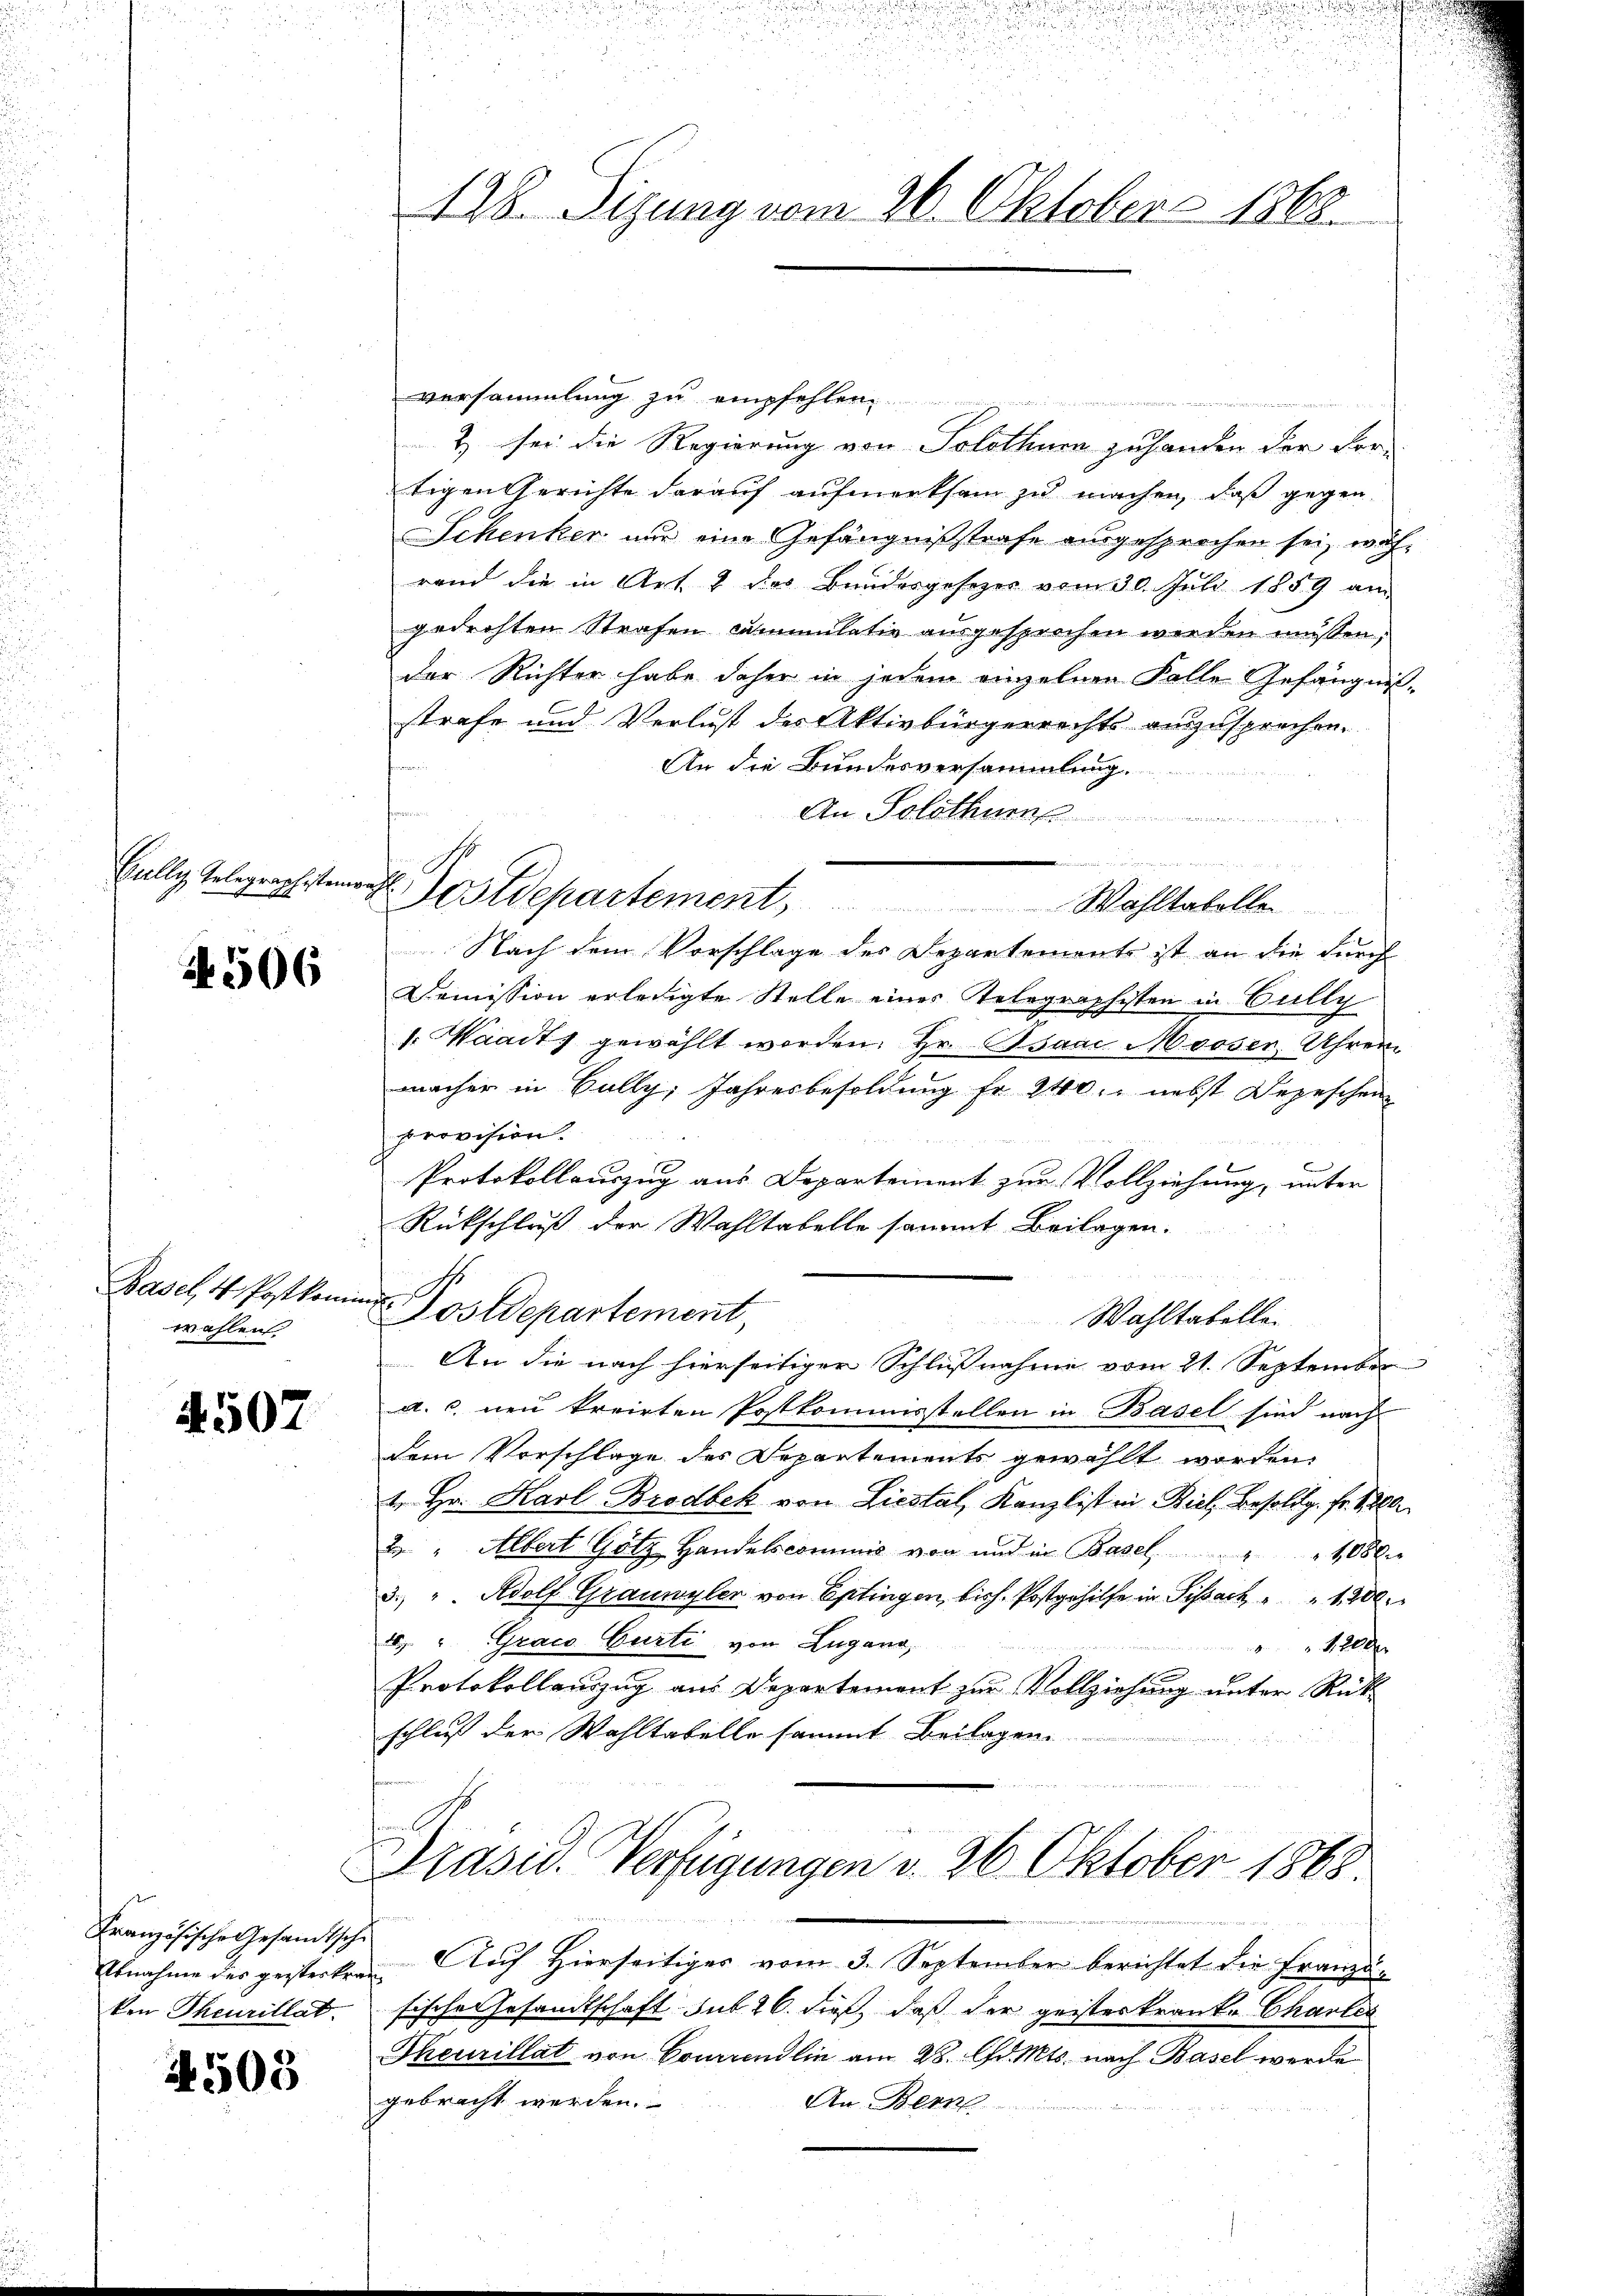
Kully, Gelegraph stein

506

Basel, 4 Postkomin
wählen

4507

Französische Gesandtsche
ken Theurillat.

4503

128. Sizung vom 26. Oktober 1863.

det des
D. Gestdepartement, Wohltakollen

versammlung zu empfehlen
& sei die Regierung von Solothurn zuhanden der Vor-
tigen Gerichte darauf aufmerksam zu machen, daß gegen-
Schenker nur eine Gefängnißstrafe ausgesprochen sei, währand die in Art. 2 des Bundesgesezes vom 30. Juli 1859 am
gedachten Strafen cumulativ ausgesprochen werden müssen,
der Richter habe daher in jedem einzelnen Falle Gefängnißstrafe und Verlust des Aktivbürgerrechts anzusprechen.
An die Bundesversammlung.
u
An Solothur
Nach dem Vorschlage des Departements ist an die durch
Demission erledigte Stelle eines Telegraphisten in Cully
1. Waadt gewählt worden. Hr. Asaar Mooser, Uhren
macher in Bally, Jahresbesoldung fr. 240. nebst Depeschen
provision.

Protokollauszug aus Departement zur Vollziehung, unter
Rückschluß der Wahltabelle sammt Beilagen.
Posdepartement,
Wahltabelle.
An die nach hierseitiger Schlußnahme vom 21. September
a. c. neu kreirten Postkommisstellen in Basel sind nach
dem Vorschlage des Departements gewählt worden,
4. Hr. Karl Brodbek von Liestal, Kanzlist in Biel, Besoldg. Fr. 1200.
 " Albert Götz Handelscommis von und in Basel 108 x
3. " Adolf Grauwyler von Eptingen, bish. Postgehilfe in Sissach " " 1200.
 "Graco Curti von Lugano,
 1200
Protokollauszug aus Departement zur Vollziehung unter Rückschluß der Wahltabelle sammt Beilagen.

Präsid. Verfügungen v. 26. Oktober 1868.
e

Abnahme der gesterken. Auch Hierseitiges vom 3. September berichtet die Franzufische Gesandtschaft sub 26. dieß, daß der geisterkrank, Charler
Theurillat von Couriendlin am 28. d. Mts. nach Basel werde
gebracht werden.
An Bern